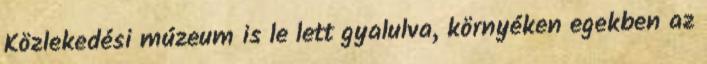
Közlekedési múzeum is le lett gyalulva, környéken egekben az